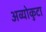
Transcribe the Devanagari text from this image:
अव्योकुटा